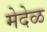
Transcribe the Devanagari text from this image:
मेदेळ